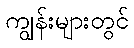
ကျွန်းများတွင်